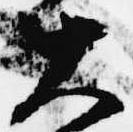
大